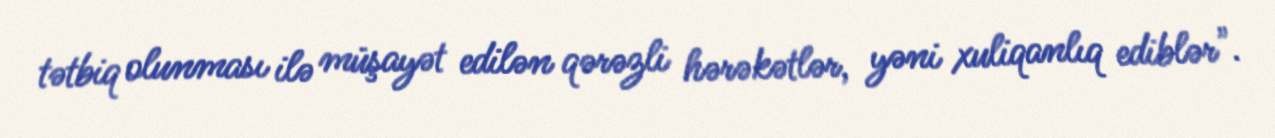
tətbiq olunması ilə müşayət edilən qərəzli hərəkətlər, yəni xuliqanlıq ediblər".